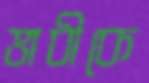
ভাবীকে